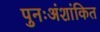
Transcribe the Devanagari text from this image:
पुनःअंशांकित